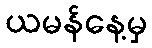
ယမန်နေ့မှ